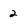
Character: 2